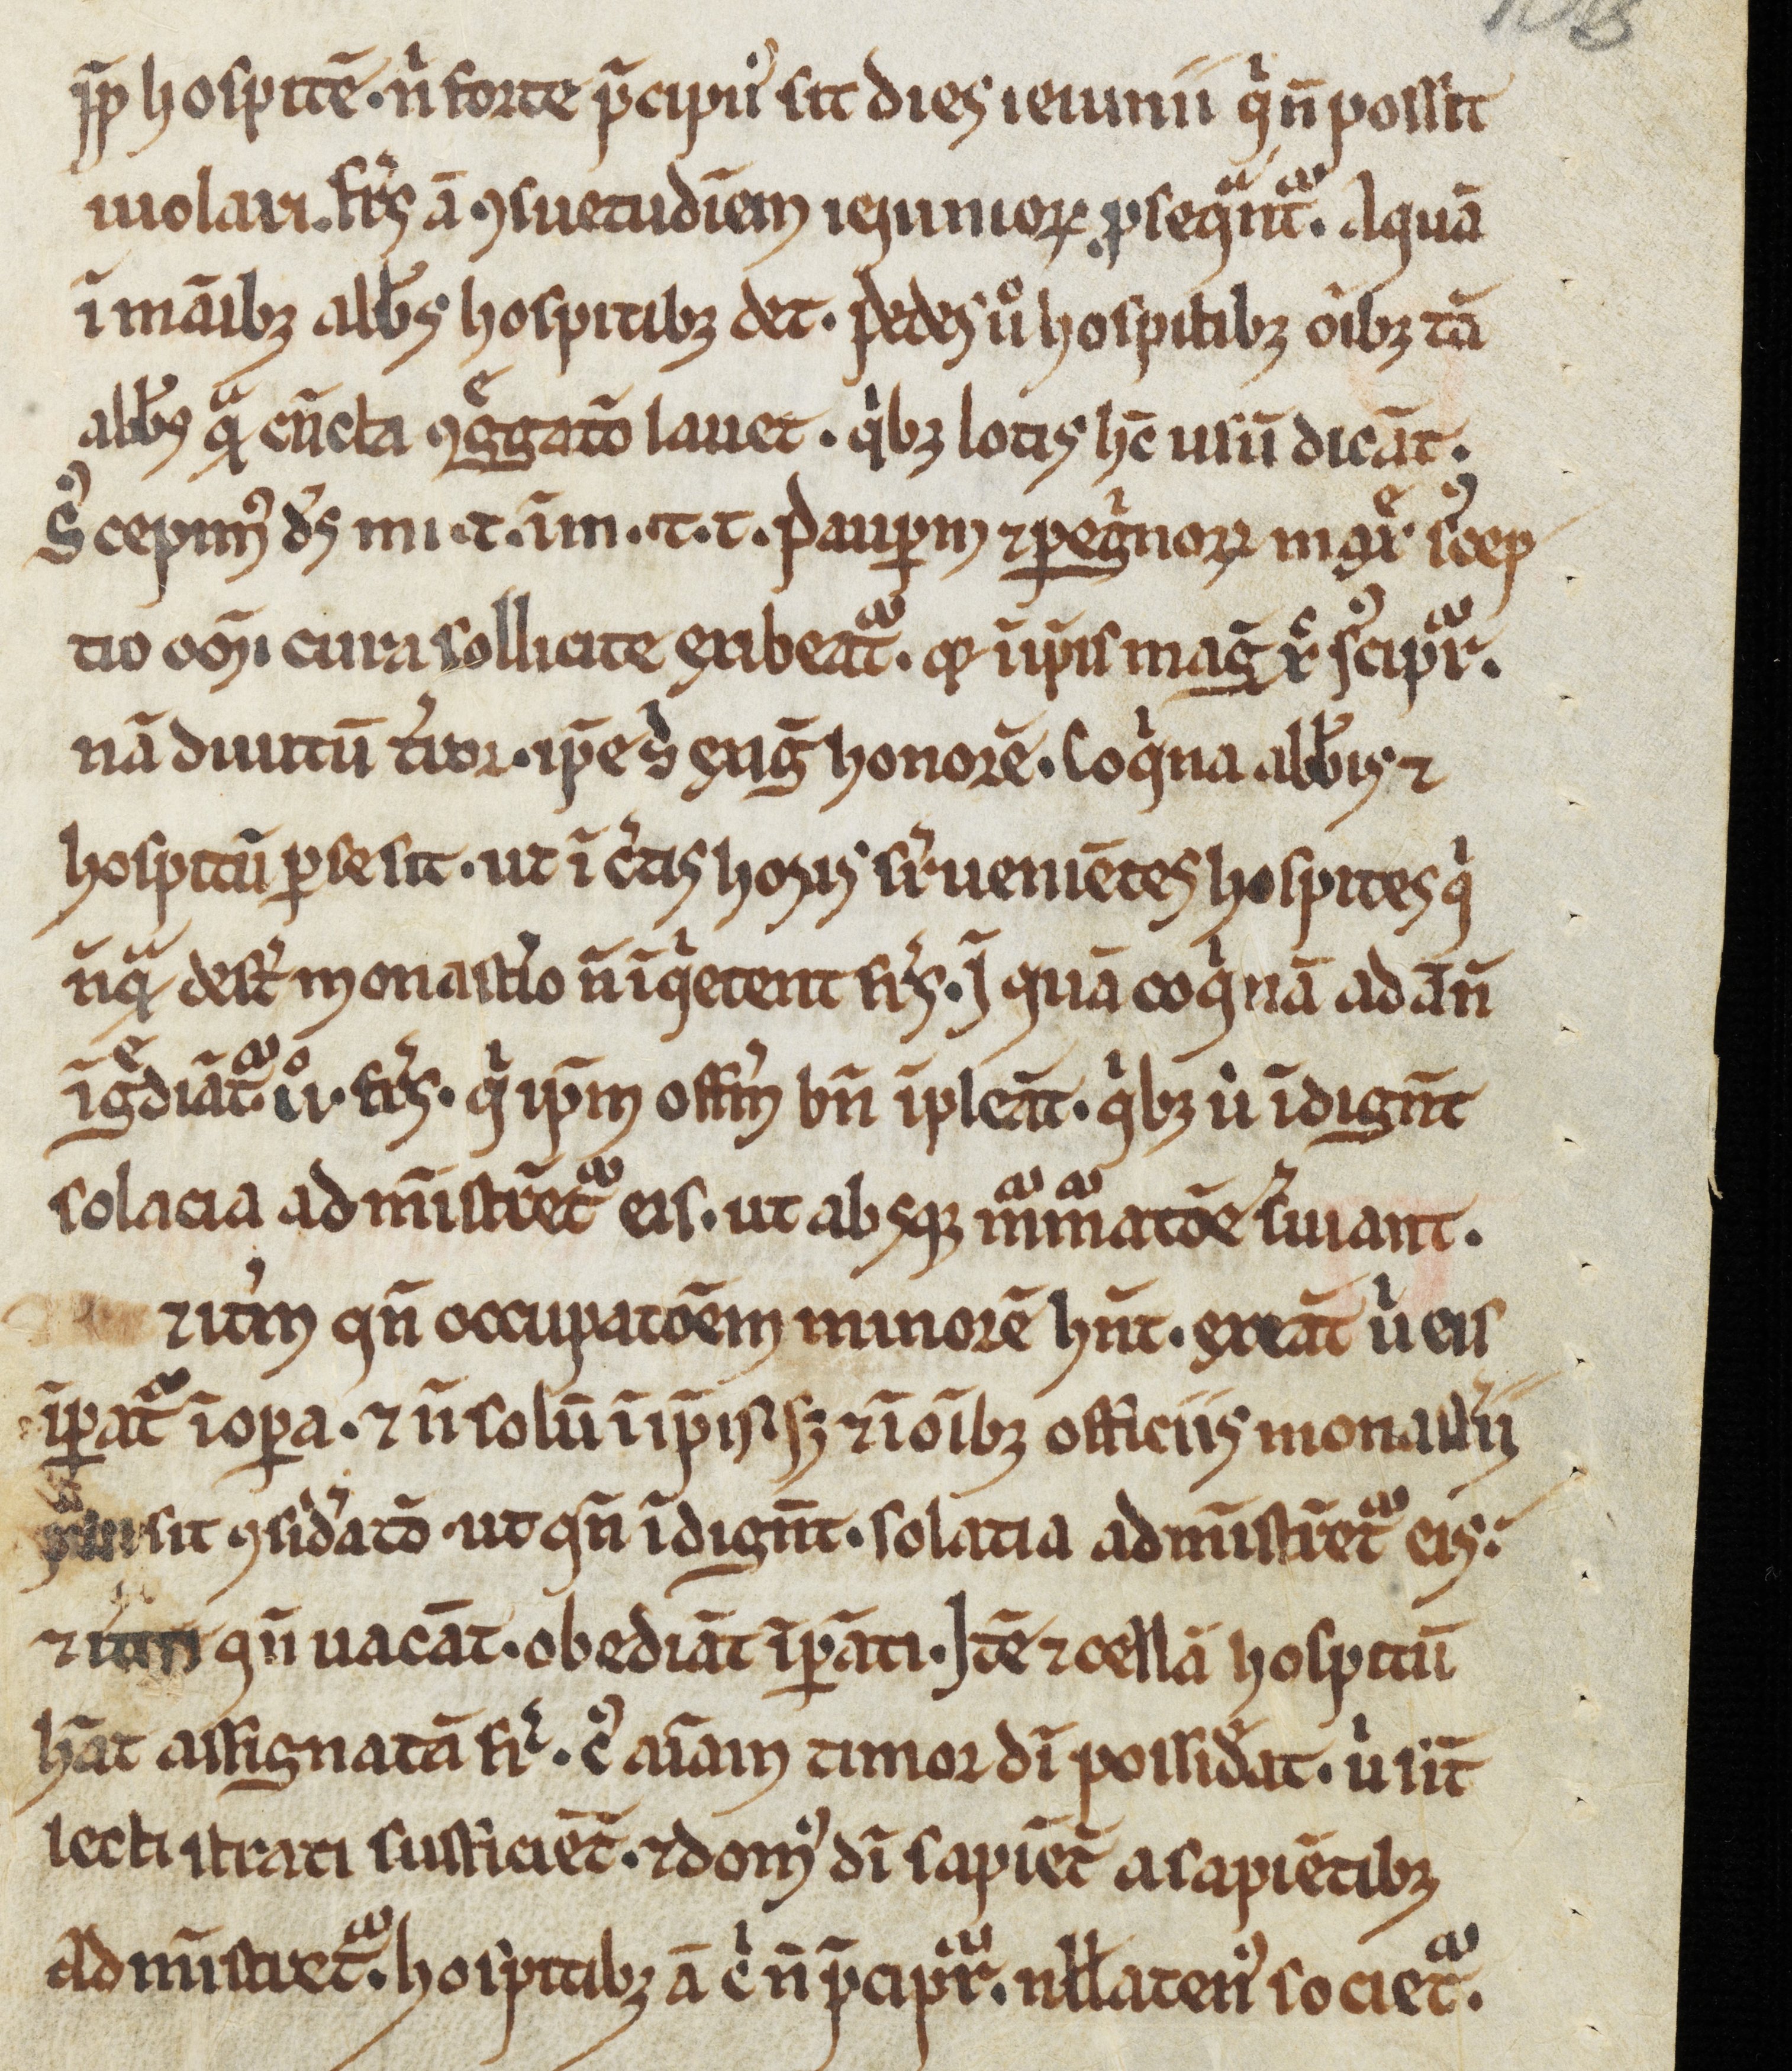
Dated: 900–1099